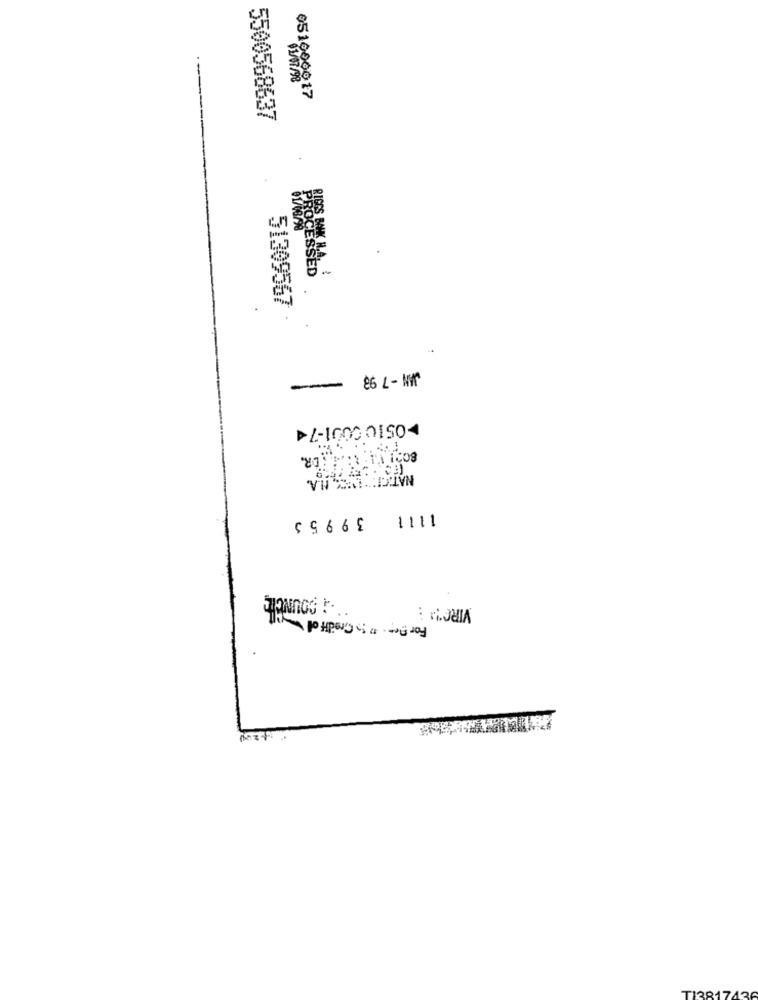
01/07/98
051000017
5500568637
51309567
JAN -7 93
-
>0510 0001-74
NATIONAL, H.A.
39953
1111
VIRO !! :
13817